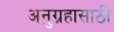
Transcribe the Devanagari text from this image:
अनुग्रहासाठी